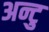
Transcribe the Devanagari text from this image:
अन्टु